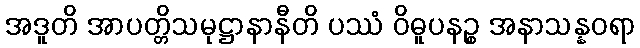
အဒူတိ အာပတ္တိသမုဋ္ဌာနာနီတိ ပဿံ ဝိဓူပနဉ္စ အနာသန္နဝရာ